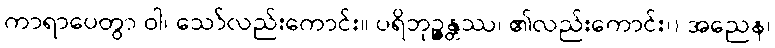
ကာရာပေတွာ ဝါ၊ သော်လည်းကောင်း။ ပရိဘုဉ္ဇန္တဿ၊ ၏လည်းကောင်း၊) အညေန၊